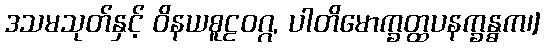
ဒသမသုတ်နှင့် ဝိနယစူဠဝဂ္ဂ, ပါတိမောက္ခတ္ထပနက္ခန္ဓက၊]